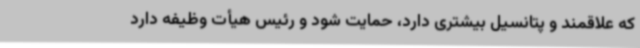
که علاقمند و پتانسیل بیشتری دارد، حمایت شود و رئیس هیأت وظیفه دارد